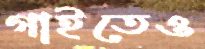
গাইতেও